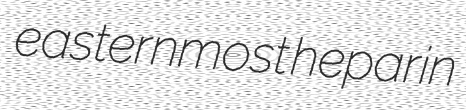
easternmost heparin